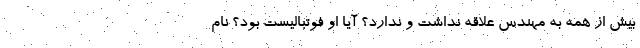
بیش از همه به مهندس علاقه نداشت و ندارد؟ آیا او فوتبالیست بود؟ نام